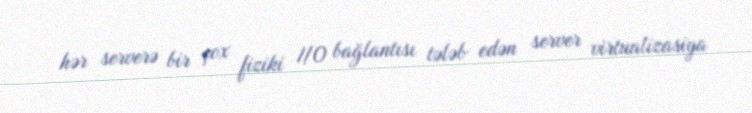
hər serverə bir çox fiziki I/O bağlantısı tələb edən server virtualizasiya